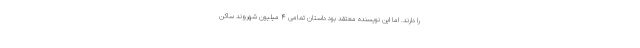
را دارند. اما این نویسنده معتقد بود داستان تمامی ۴ میلیون شهروند ساکن